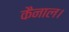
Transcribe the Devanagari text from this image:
कैनाल।